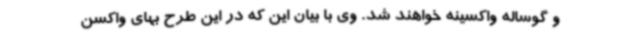
و گوساله واکسینه خواهند شد. وی با بیان این که در این طرح بهای واکسن